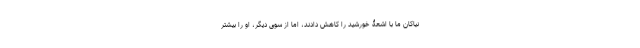
نیاکان ما با اشعۀ خورشید را کاهش دادند، اما از سوی دیگر، او را بیشتر